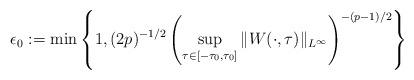
LaTeX: \begin{align*}\epsilon_0 := \min\left\{ 1, (2p)^{-1/2} \left( \sup_{\tau \in [-\tau_0,\tau_0]}\| W(\cdot,\tau) \|_{L^{\infty}} \right)^{-(p-1)/2} \right\}\end{align*}